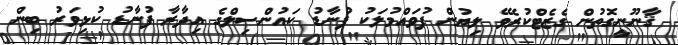
ޤާނޫނީގޮތުން ގެޒެޓްކުރެވޭ ލިޔުން ފުވައްމުލަކު ފުނާޑު ކައުންސިލްގެ އިދާރާ ފުނާޑު ކުޅިވަރު ބިން